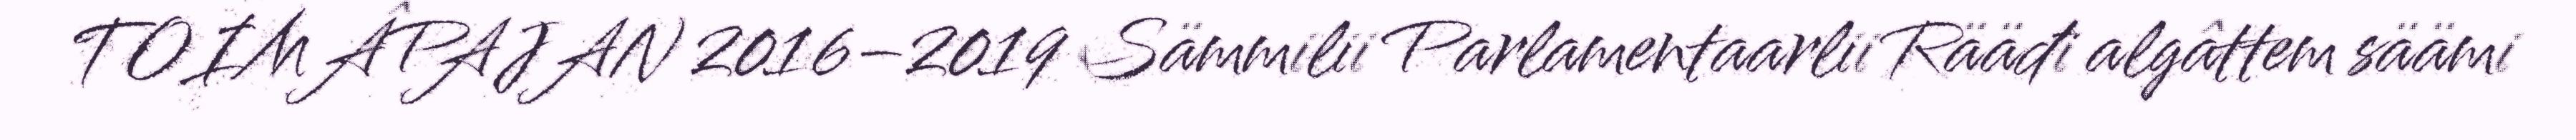
TOIMÂPAJAN 2016–2019 Sämmilii Parlamentaarlii Rääđi algâttem säämi